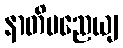
နာတိမညေယျ